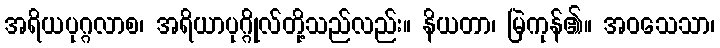
အရိယပုဂ္ဂလာစ၊ အရိယာပုဂ္ဂိုလ်တို့သည်လည်း။ နိယတာ၊ မြဲကုန်၏။ အဝသေသာ၊